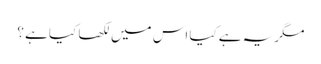
مگر یہ ہے کیا اس میں لکھا کیا ہے ؟